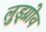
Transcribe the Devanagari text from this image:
लुड्ग्रोव